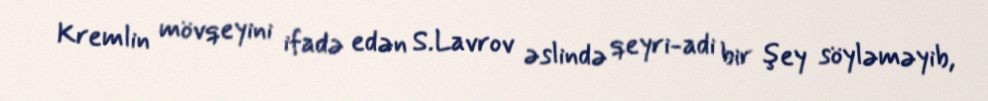
Kremlin mövqeyini ifadə edən S.Lavrov əslində qeyri-adi bir şey söyləməyib,